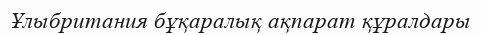
Ұлыбритания бұқаралық ақпарат құралдары